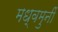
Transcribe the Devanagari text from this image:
मध्वमुनीं